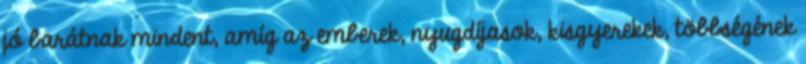
jó barátnak mindent, amíg az emberek, nyugdíjasok, kisgyerekek, többségének